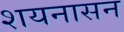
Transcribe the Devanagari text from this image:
शयनासन